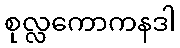
စုလ္လကောကနဒါ